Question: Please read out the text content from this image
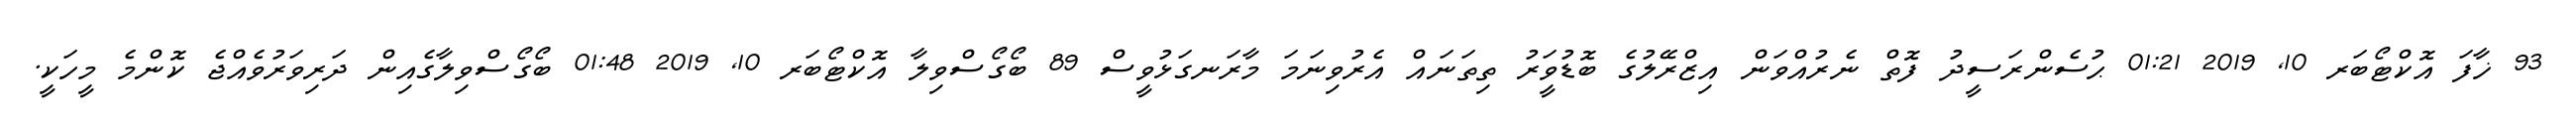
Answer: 93 ޚާފަ އޮކްޓޯބަރ 10, 2019 01:21 ޙުސެންރަސީދު ފޮތް ނެރުއްވަން އިޒްރޭލުގެ ބޮޑުވަީރު ތިތަނައް އެރުވިނަމަ މާރަނގަޅުވީސް 89 ބޯގޯސްވިލާ އޮކްޓޯބަރ 10, 2019 01:48 ބޯގޯސްވިލާގެއިން ދަރިވަރުވެއްޖެ ކޮންމެ މީހަކީ.